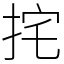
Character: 挓